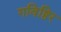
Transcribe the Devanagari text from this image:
गविष्ठिर